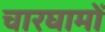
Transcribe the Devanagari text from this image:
चारघामों